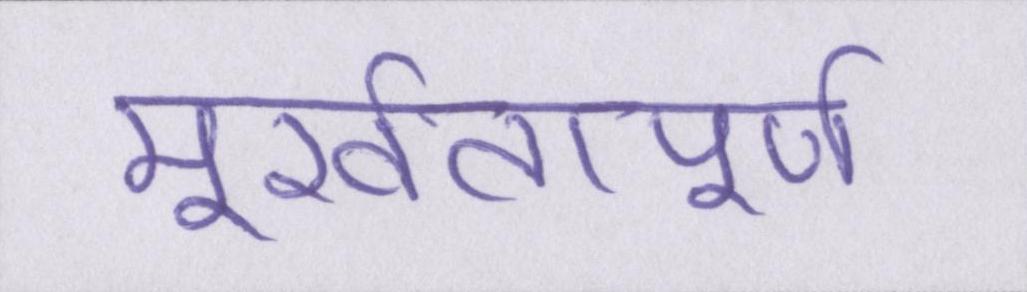
मूर्खतापूर्ण